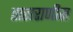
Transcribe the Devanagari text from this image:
ताराराणीस